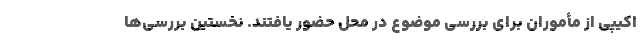
اکیپی از مأموران برای بررسی موضوع در محل حضور یافتند. نخستین بررسی‌ها